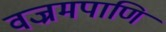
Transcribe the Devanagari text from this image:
वज्रमपाणि